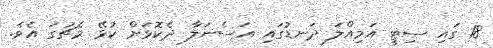
18 ގައި ސިޓީ އަމިއްލަ ދަނޑުގައި އަސެނަލާ ދެކޮޅަށް ކުޅޭ މެޗުގަ އެވެ.